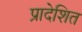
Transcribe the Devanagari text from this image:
प्रादेशित